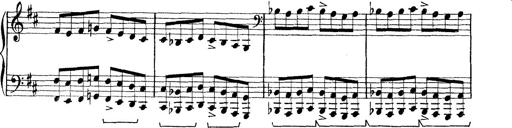
Title: Rapsodie: 19 ungheresi, 1 spagnuola
Composer: Franz Liszt